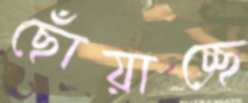
ছোঁয়াচ্ছে